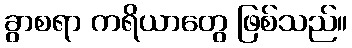
ခွာစရာ ကရိယာတွေ ဖြစ်သည်။